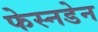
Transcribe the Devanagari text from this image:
फेस्नडेन